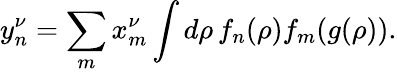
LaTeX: y_{n}^{\nu}=\sum_{m}x_{m}^{\nu}\int d\rho\, f_{n}(\rho)f_{m}(g(\rho)).